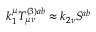
k _ { 1 } ^ { \mu } T _ { \mu \nu } ^ { ( 3 ) a b } \approx k _ { 2 \nu } S ^ { a b }